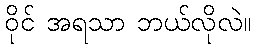
ဝိုင် အရသာ ဘယ်လိုလဲ။